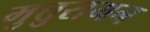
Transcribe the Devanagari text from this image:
मुत्तुरामन